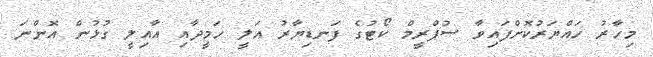
މިހާރު ހައްޔަރުކޮށްފައިވާ ސުޕްރީމް ކޯޓުގެ ފަނޑިޔާރު އަލީ ހަމީދާއި އާއިލީ ގުޅުން އޮންނަ